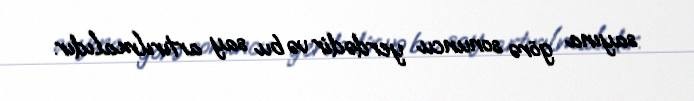
sayına görə sonuncu yerdədir və bu say artırılmalıdır.